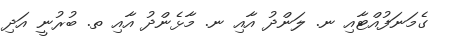
ގެމަނަފުއްޓާއި ނ. ލަންދު އާއި ނ. މާޅެންދު އާއި ތ. ބުރުނީ އަދި